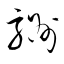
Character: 駲